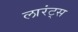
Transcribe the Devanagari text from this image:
लारंट्स